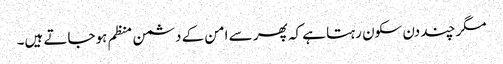
مگر چند دن سکون رہتا ہے کہ پھر سے امن کے دشمن منظم ہوجاتے ہیں۔